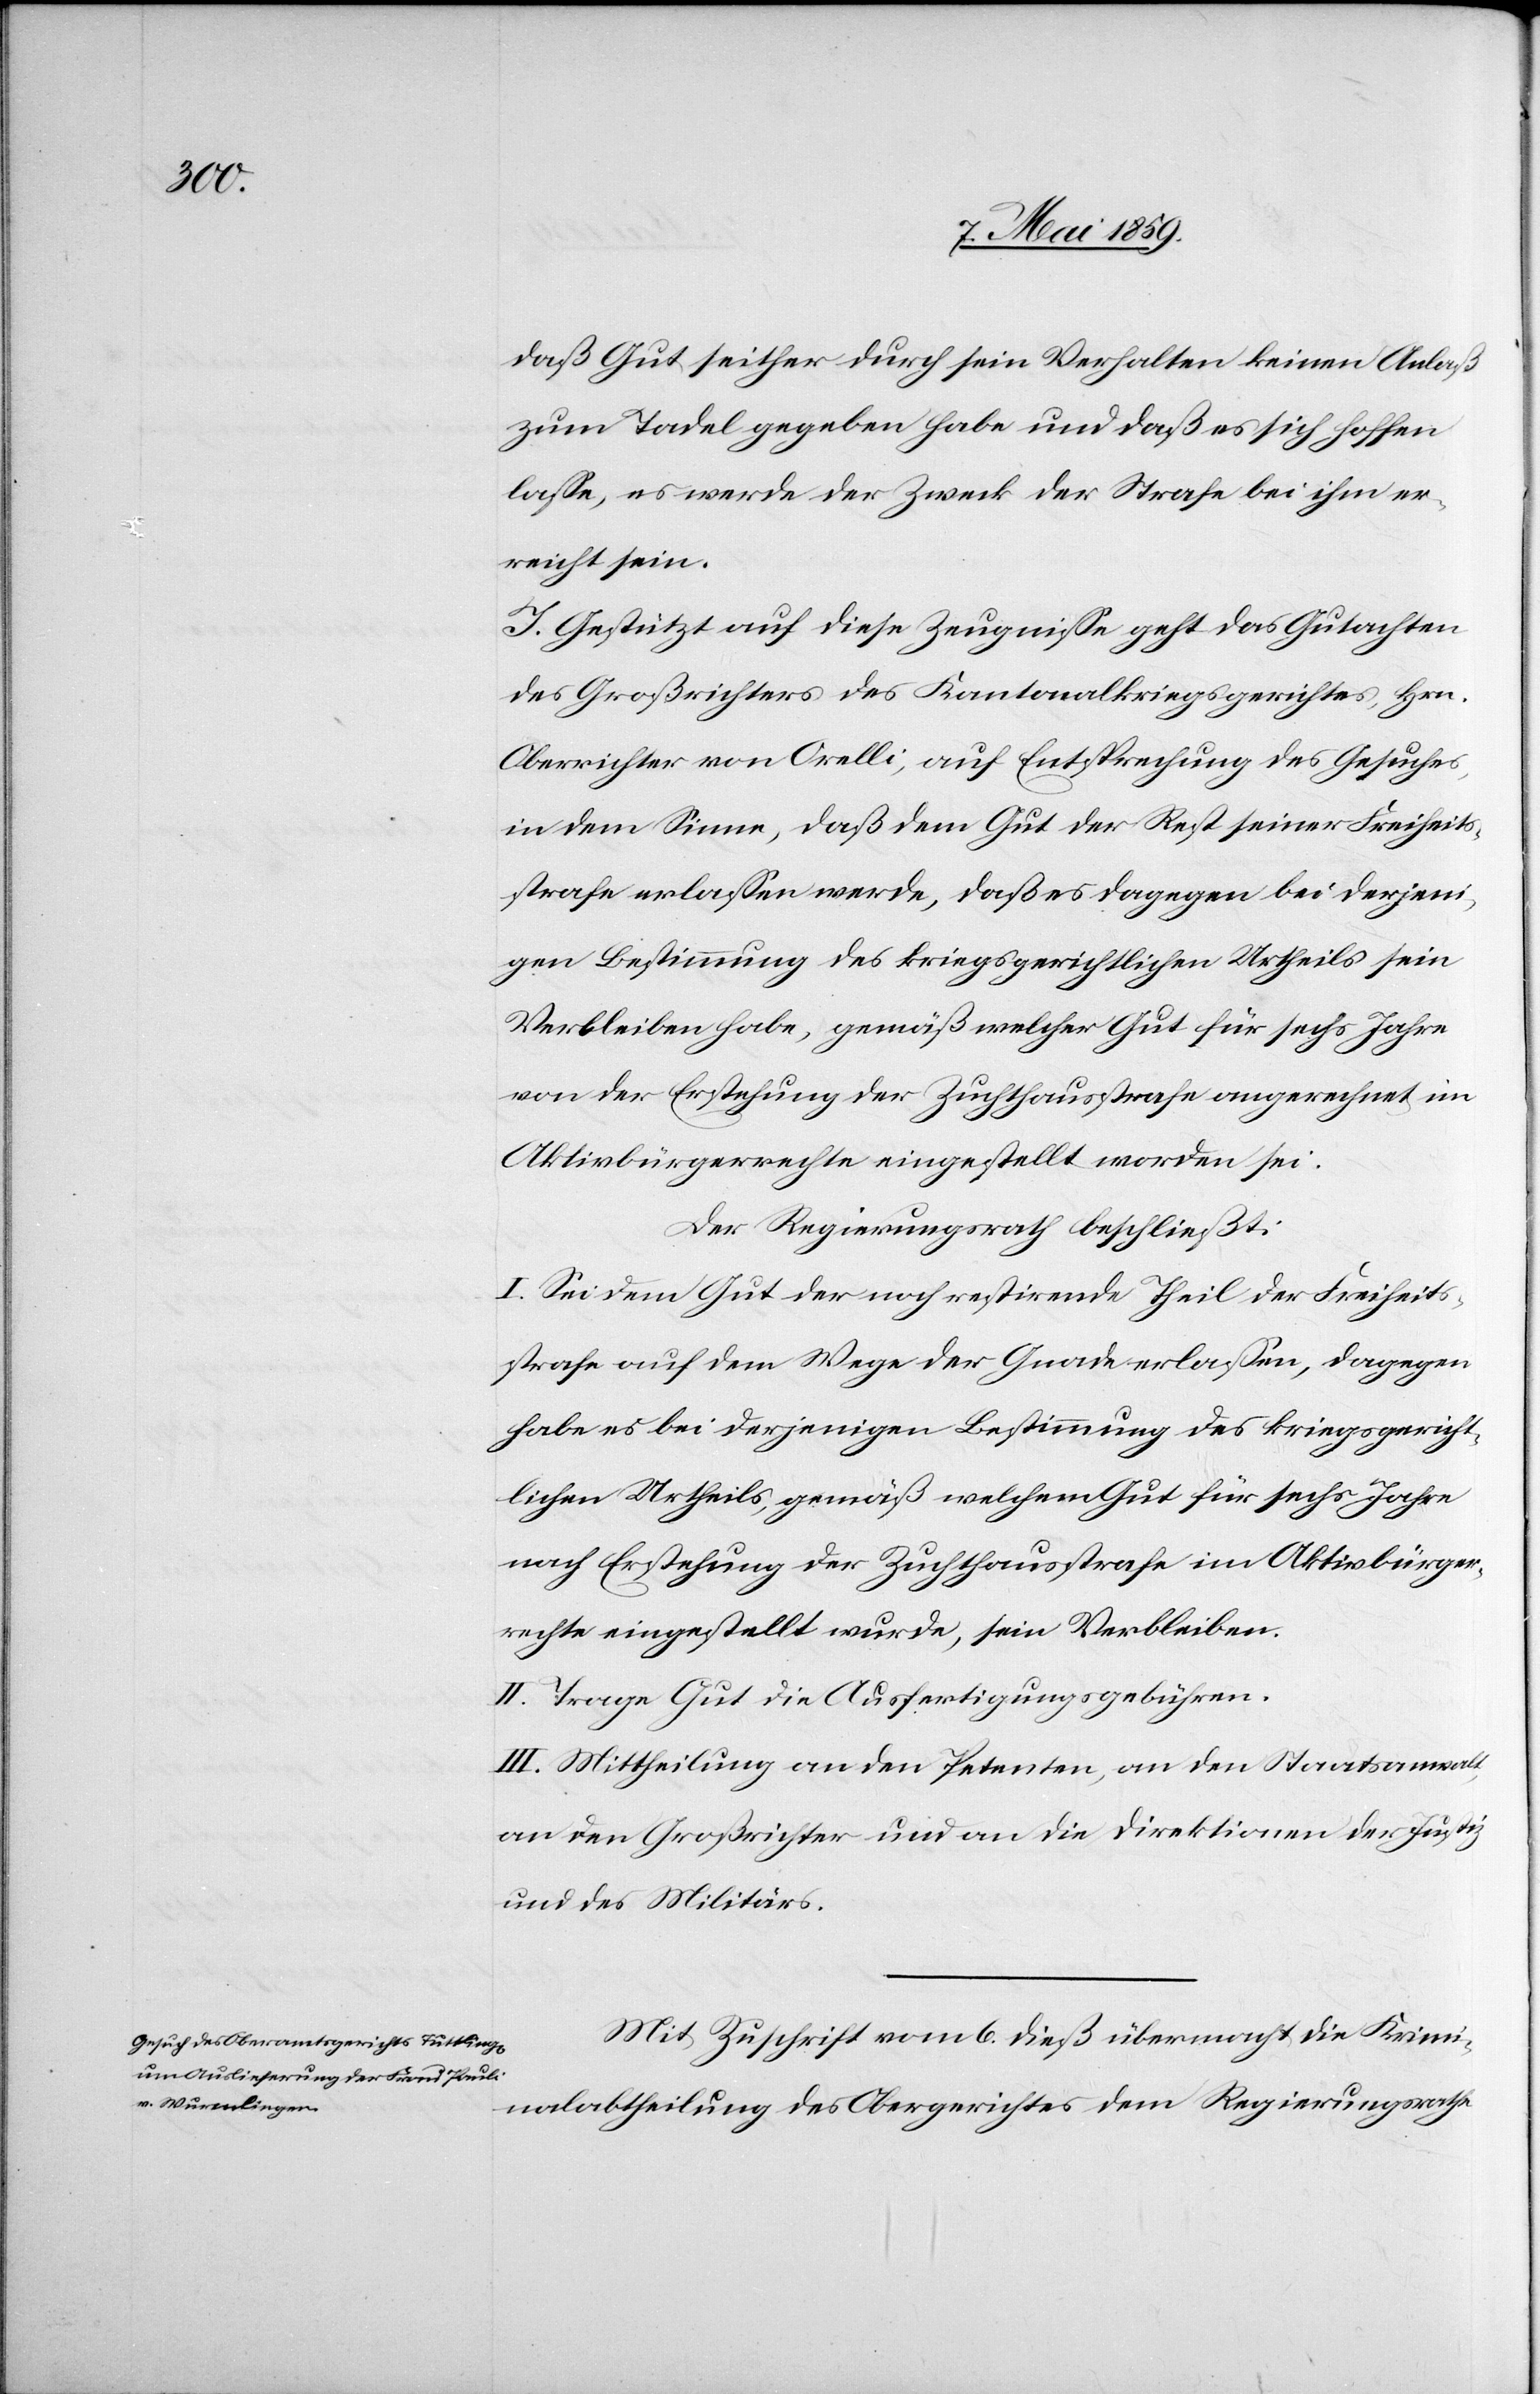
derjen¬

daß Gut seither durch sein Verhalten keinen Anlaß
zum Tadel gegeben habe und daß es sich hoffen
laße, es werde der Zweck der Strafe bei ihm er¬
reicht sein.
J. Gestützt auf diese Zeugniße geht das Gutachten
des Großrichters des Kantonalkriegsgerichtes, Hrn.
Oberrichter von Orelli, auf Entsprechung des Gesuches,
igen Bestimung des Kriegsgerichtlichen Urtheils sein
Verbleiben habe, gemäß welcher Gut für sechs Jahre
von der Erstehung der Zuchthausstrafe angerechnet im
Aktivbürgerrechte eingestellt worden sei.
Der Regierungsrath beschließt:
I. Sei dem Gut der noch restirende Theil der Freiheits¬
strafe auf dem Wege der Gnade erlaßen, dagegen
habe es bei derjenigen Bestimmung des kriegsgericht¬
lichen Urtheils, gemäß welchem Gut für sechs Jahre
nach Erstehung der Zuchthausstrafe im Aktivbürger¬
rechte eingestellt wurde, sein Verbleiben.
II. Trage Gut die Ausfertigungsgebühren.
III. Mittheilung an den Petenten, an den Staatsanwalt,
an den Großrichter und an die Direktionen der Justiz
und des Militärs.
Mit Zuschrift vom 6. dieß übermacht die Krimi¬
nalabtheilung des Obergerichtes dem Regierungsrathe